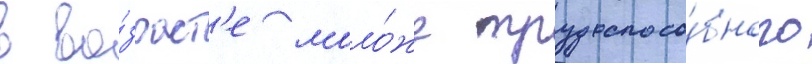
в во́зраст'е моло́же трудоспосо́бного